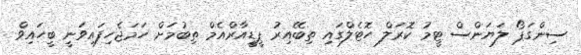
ސިންގަޕޯ ލަޔަންސް ޓީމު ކޮރަލް ހޮޓެލްގައި ތިބޭއިރު ޕީޑީއާރްއެމް ތިބުމަށް ހަމަޖެހިފައިވަނީ ބީހައިވް